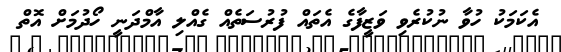
އެކަމަކު ހުވާ ނުކުރެވި ވަޒީފާގެ އެތައް ފުރުސަތެއް ގެއްލި އާމްދަނީ ހޯދުމަށް އޮތް